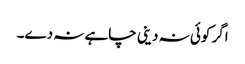
اگر کوئی نہ دینی چاہے نہ دے۔